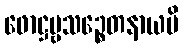
ဖောဋ္ဌဗ္ဗသဉ္စေတနာယပိ